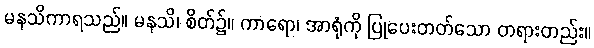
မနသိကာရသည်။ မနသိ၊ စိတ်၌။ ကာရော၊ အာရုံကို ပြုပေးတတ်သော တရားတည်း။